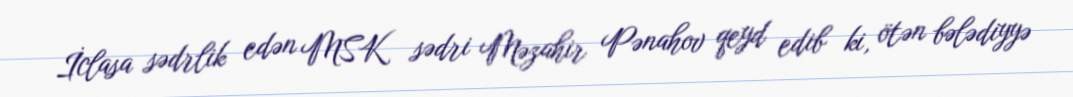
İclasa sədrlik edən MSK sədri Məzahir Pənahov qeyd edib ki, ötən bələdiyyə